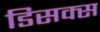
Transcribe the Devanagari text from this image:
डिसक्स